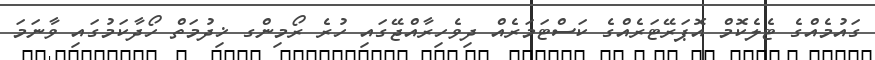
ގައުމެއްގެ ޓެލެކޮމް އޮޕަރޭޓަރެއްގެ ކަސްޓަމަރެއް ދިވެހިރާއްޖޭގައި ހުރެ ރޯމިންގ ޚިދުމަތް ހޯދާކަމުގައި ވާނަމަ